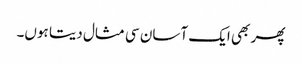
پھر بھی ایک آسان سی مثال دیتا ہوں۔